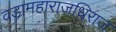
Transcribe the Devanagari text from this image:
वडामहाराजधिराज